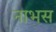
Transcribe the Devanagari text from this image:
नाभस